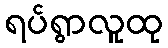
ရပ်ရွာလူထု